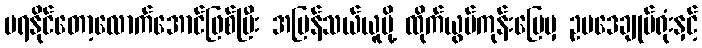
မရနိုင်တော့လောက်အောင်ဖြစ်ပြီး အမြန်သယ်ယူပို့ ထိုက်ယွမ်ကုန်းမြေမှ ဥပဒေချုပ်ရုံးနှင့်